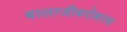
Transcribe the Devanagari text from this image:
बालाजीबरोबरच